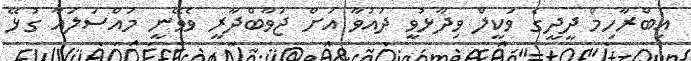
އިބްރާހިމް ދީދީގެ ވަކީލް ވިދާޅުވީ ދައުވާ އަށް ޖަވާބްދާރީ ވެވޭނީ މައްސަލައާ ގުޅޭ